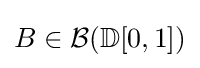
B\in {\mathcal {B}}(\mathbb {D} [0,1])